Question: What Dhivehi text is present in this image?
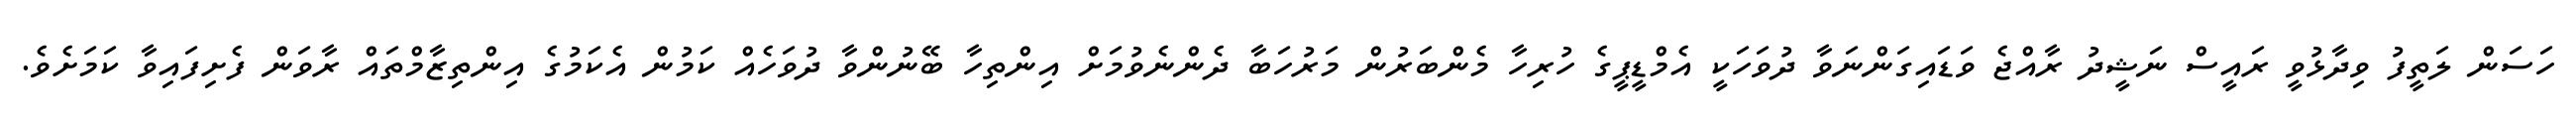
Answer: ހަސަން ލަތީފު ވިދާޅުވީ ރައީސް ނަޝީދު ރާއްޖެ ވަޑައިގަންނަވާ ދުވަހަކީ އެމްޑީޕީގެ ހުރިހާ މެންބަރުން މަރުހަބާ ދެންނެވުމަށް އިންތިހާ ބޭނުންވާ ދުވަހެއް ކަމުން އެކަމުގެ އިންތިޒާމްތައް ރާވަން ފެށިފައިވާ ކަމަށެވެ.